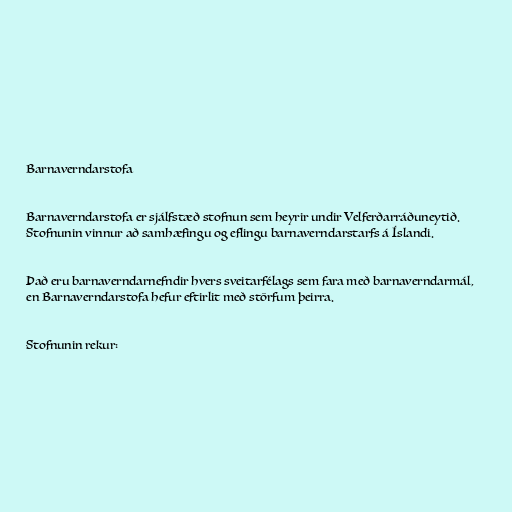
Barnaverndarstofa

Barnaverndarstofa er sjálfstæð stofnun sem heyrir undir Velferðarráðuneytið.
Stofnunin vinnur að samhæfingu og eflingu barnaverndarstarfs á Íslandi.

Það eru barnaverndarnefndir hvers sveitarfélags sem fara með barnaverndarmál,
en Barnaverndarstofa hefur eftirlit með störfum þeirra.

Stofnunin rekur: